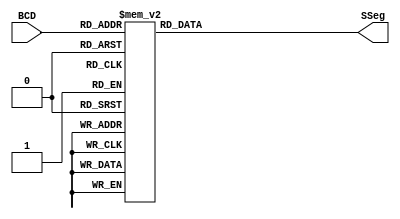
module BCDtoSSeg (BCD, SSeg); //creacion del modulo

  input [3:0] BCD; // Digito representado en 4 bits 
  output reg [0:6] SSeg; // Agrupacion de 7 bits que apaga o prende los siete diodos de un display para representar un numero hexadecimal


always @ ( * ) begin //Cada que cambia el BDC se ejecutan estas lineas de codigo
  case (BCD) // Se compara el valor BCD con 15 posibles opciones donde cada uno corresponde a 
  //una configuracion de diodos prendidos para representar un numero o simbolo hexadecimal
    4'b0000: SSeg = 7'b0000001; // "0"  
	4'b0001: SSeg = 7'b1001111; // "1" 
	4'b0010: SSeg = 7'b0010010; // "2" 
	4'b0011: SSeg = 7'b0000110; // "3" 
	4'b0100: SSeg = 7'b1001100; // "4" 
	4'b0101: SSeg = 7'b0100100; // "5" 
	4'b0110: SSeg = 7'b0100000; // "6" 
	4'b0111: SSeg = 7'b0001111; // "7" 
	4'b1000: SSeg = 7'b0000000; // "8"  
	4'b1001: SSeg = 7'b0000100; // "9" 
    4'ha: SSeg = 7'b0001000;     // "A" 
    4'hb: SSeg = 7'b1100000;     // "B" 
    4'hc: SSeg = 7'b0110001;     // "C" 
    4'hd: SSeg = 7'b1000010;     // "D" 
    4'he: SSeg = 7'b0110000;     // "E" 
    4'hf: SSeg = 7'b0111000;     // "F" 
    default:
    SSeg = 0;
  endcase
end

endmodule